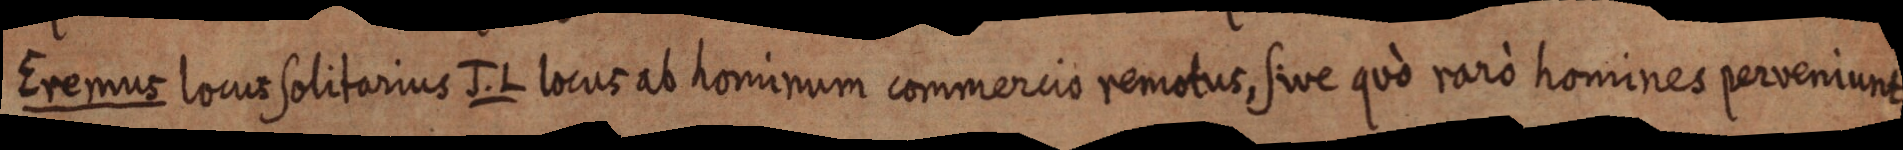
Eremus locus solitarius J. L locus ab hominum commercio remotus, sive quo raro homines perveniunt.